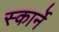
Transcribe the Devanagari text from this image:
स्कार्ने